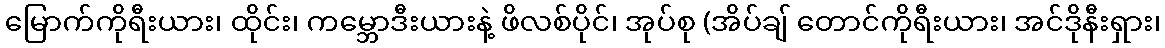
မြောက်ကိုရီးယား၊ ထိုင်း၊ ကမ္ဘောဒီးယားနဲ့ ဖိလစ်ပိုင်၊ အုပ်စု (အိပ်ချ် တောင်ကိုရီးယား၊ အင်ဒိုနီးရှား၊